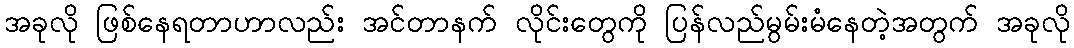
အခုလို ဖြစ်နေရတာဟာလည်း အင်တာနက် လိုင်းတွေကို ပြန်လည်မွမ်းမံနေတဲ့အတွက် အခုလို